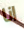
انا